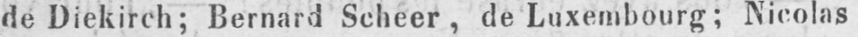
de Diekirch; Bernard Scheer, de Luxembourg; Nicolas